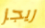
ريجز